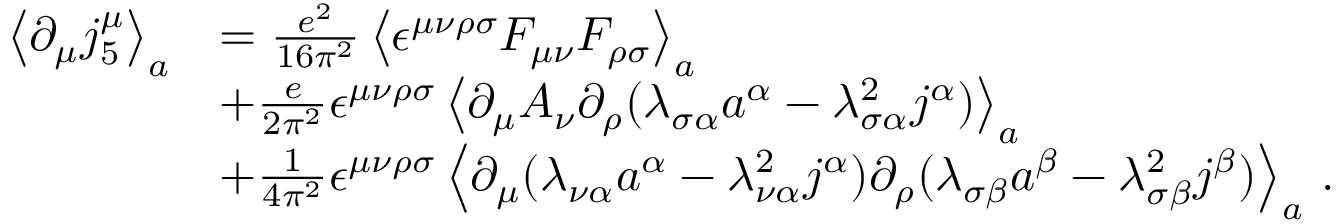
\begin{array} { r l } { \left\langle \partial _ { \mu } j _ { 5 } ^ { \mu } \right\rangle _ { a } } & { = \frac { e ^ { 2 } } { 1 6 \pi ^ { 2 } } \left\langle \epsilon ^ { \mu \nu \rho \sigma } F _ { \mu \nu } F _ { \rho \sigma } \right\rangle _ { a } } \\ & { + \frac { e } { 2 \pi ^ { 2 } } \epsilon ^ { \mu \nu \rho \sigma } \left\langle \partial _ { \mu } A _ { \nu } \partial _ { \rho } ( \lambda _ { \sigma \alpha } a ^ { \alpha } - \lambda _ { \sigma \alpha } ^ { 2 } j ^ { \alpha } ) \right\rangle _ { a } } \\ & { + \frac { 1 } { 4 \pi ^ { 2 } } \epsilon ^ { \mu \nu \rho \sigma } \left\langle \partial _ { \mu } ( \lambda _ { \nu \alpha } a ^ { \alpha } - \lambda _ { \nu \alpha } ^ { 2 } j ^ { \alpha } ) \partial _ { \rho } ( \lambda _ { \sigma \beta } a ^ { \beta } - \lambda _ { \sigma \beta } ^ { 2 } j ^ { \beta } ) \right\rangle _ { a } \, . } \end{array}